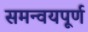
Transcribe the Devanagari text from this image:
समन्वयपूर्ण